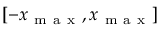
[ - x _ { \mathrm { ~ m ~ a ~ x ~ } } , x _ { \mathrm { ~ m ~ a ~ x ~ } } ]